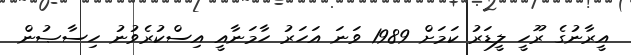
އީރާނުގެ ރޫހީ ލީޑަރު ކަމަށް 1989 ވަނަ އަހަރު ހާމަނާއީ އިސްކުރެވުނު ހިސާޞުން